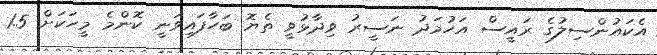
އެކައުންސިލުގެ ރައީސް އަހުމަދު ނަސީރު ވިދާޅުވީ ތެޔޮ ބަހާފައިވަނީ ކޮންމެ މީހަކަށް 1.5